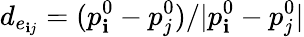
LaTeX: d_{e_{\mathbf{i}j}}=(p_{\mathbf{i}}^{0}-p_{j}^{0})/|p_{\mathbf{i}}^{0}-p_{j}^{0}|